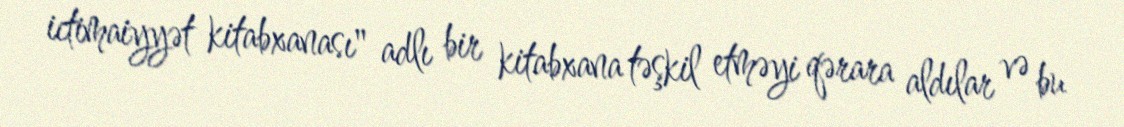
ictimaiyyət kitabxanası" adlı bir kitabxana təşkil etməyi qərara aldılar və bu